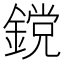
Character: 鎲